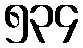
၅၃၄